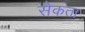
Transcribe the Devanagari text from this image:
सैकता